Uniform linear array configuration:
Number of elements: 12
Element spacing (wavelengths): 0.25
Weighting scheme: exponential
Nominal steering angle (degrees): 30
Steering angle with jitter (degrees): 28.62
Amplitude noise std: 0.05
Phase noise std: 0.05

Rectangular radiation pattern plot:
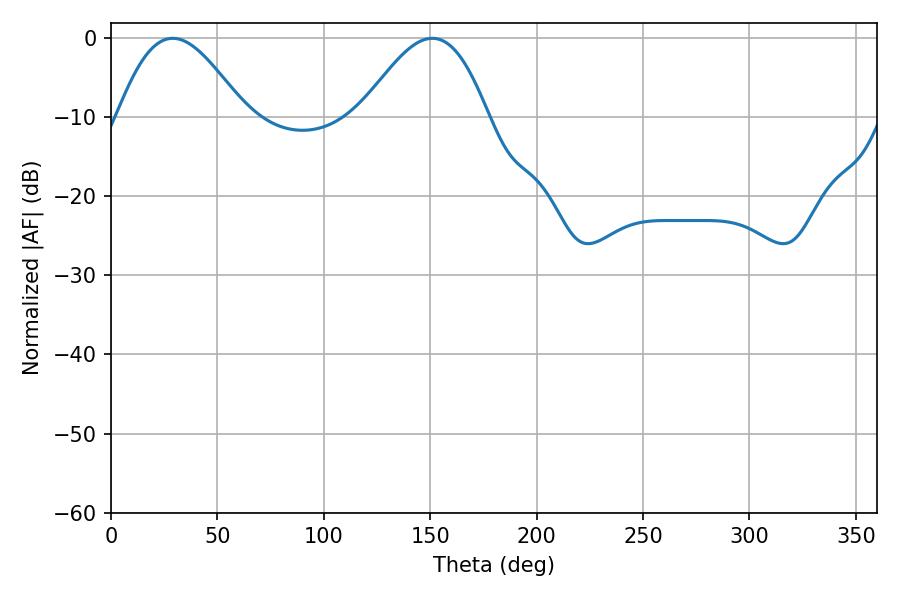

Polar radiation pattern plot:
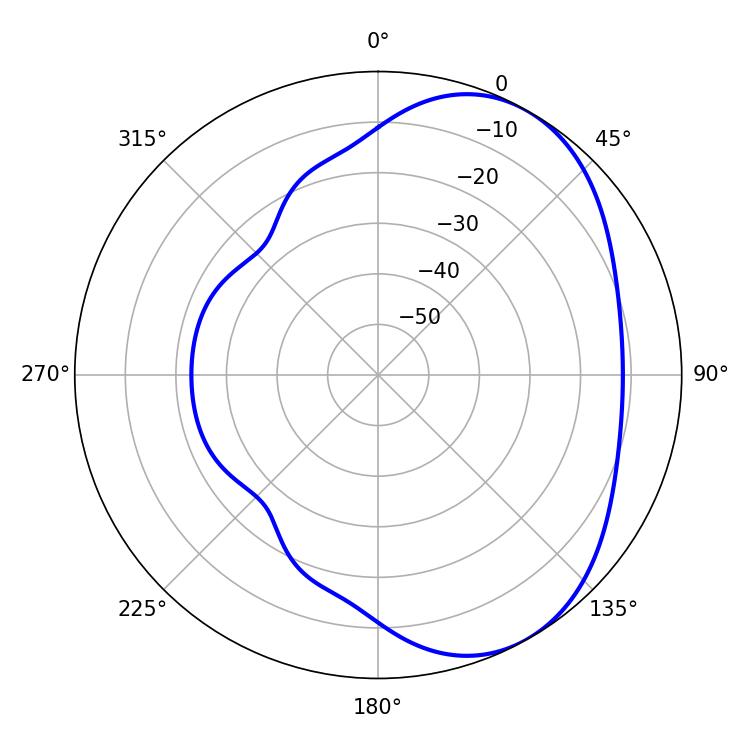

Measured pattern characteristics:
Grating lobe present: FALSE
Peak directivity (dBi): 4.712
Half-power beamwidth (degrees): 32.22
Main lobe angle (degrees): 28.98